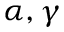
\alpha , \gamma